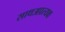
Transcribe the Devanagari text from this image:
साथअप्रत्यक्ष